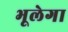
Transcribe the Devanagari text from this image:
भूलेगा